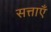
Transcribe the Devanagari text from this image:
सत्ताऍं